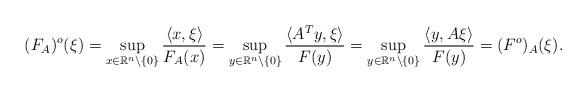
LaTeX: \begin{align*}(F_{A})^{o}(\xi)=\sup_{x\in \mathbb R^{n}\setminus\{0\}}\frac{\langle x,\xi\rangle}{F_{A}(x)}=\sup_{y\in \mathbb R^{n}\setminus\{0\}}\frac{\langle A^{T}y,\xi\rangle}{F(y)}=\sup_{y\in \mathbb R^{n}\setminus\{0\}}\frac{\langle y, A\xi\rangle}{F(y)}= (F^{o})_{A}(\xi).\end{align*}